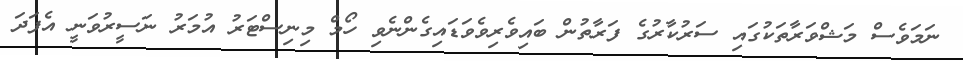
ނަމަވެސް މަޝްވަރާތަކުގައި ސަރުކާރުގެ ފަރާތުން ބައިވެރިވެވަޑައިގެންނެވި ހޯމް މިނިސްޓަރު އުމަރު ނަސީރުވަނީ އެފަދަ